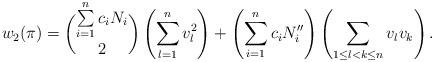
LaTeX: \begin{align*}w_2(\pi) = \dbinom{\sum\limits_{i=1}^n c_iN_i}{2} \left(\sum_{l=1}^n v_l^2\right) + \left(\sum_{i=1}^n c_iN_i'' \right) \left(\sum\limits_{1 \leq l < k \leq n}v_lv_k\right). \end{align*}